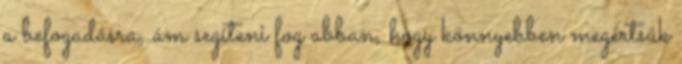
a befogadásra, ám segíteni fog abban, hogy könnyebben megértsük